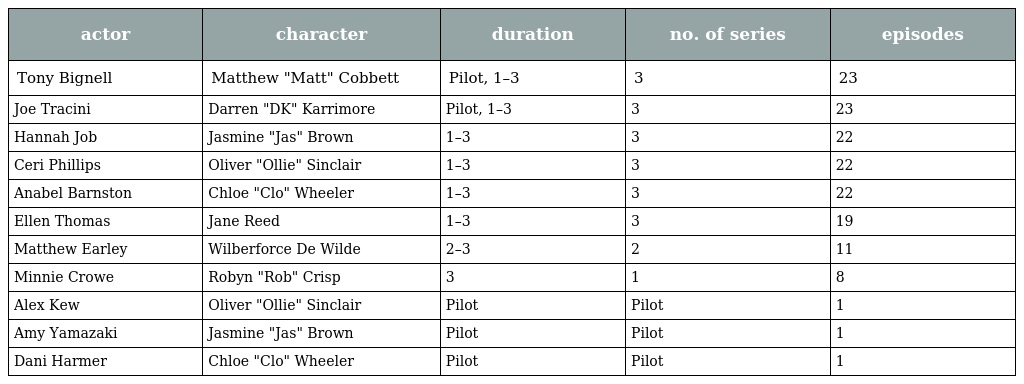
| actor | character | duration | no. of series | episodes |
 | --- | --- | --- | --- | --- |
 | Tony Bignell | Matthew "Matt" Cobbett | Pilot, 1–3 | 3 | 23 |
 | Joe Tracini | Darren "DK" Karrimore | Pilot, 1–3 | 3 | 23 |
 | Hannah Job | Jasmine "Jas" Brown | 1–3 | 3 | 22 |
 | Ceri Phillips | Oliver "Ollie" Sinclair | 1–3 | 3 | 22 |
 | Anabel Barnston | Chloe "Clo" Wheeler | 1–3 | 3 | 22 |
 | Ellen Thomas | Jane Reed | 1–3 | 3 | 19 |
 | Matthew Earley | Wilberforce De Wilde | 2–3 | 2 | 11 |
 | Minnie Crowe | Robyn "Rob" Crisp | 3 | 1 | 8 |
 | Alex Kew | Oliver "Ollie" Sinclair | Pilot | Pilot | 1 |
 | Amy Yamazaki | Jasmine "Jas" Brown | Pilot | Pilot | 1 |
 | Dani Harmer | Chloe "Clo" Wheeler | Pilot | Pilot | 1 |